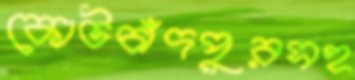
কোটচাঁদপুরসহ